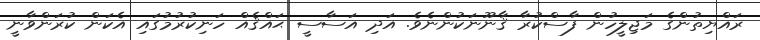
ރައްޔިތުންގެ މަޖިލީހުން ފާސްކުރާ ޤާނޫނަކުންނެވެ. އަދި އަސާސީ ޙައްޤެއް ހަނިކުރުމުގައި އެކަން ކުރަންވާނީ